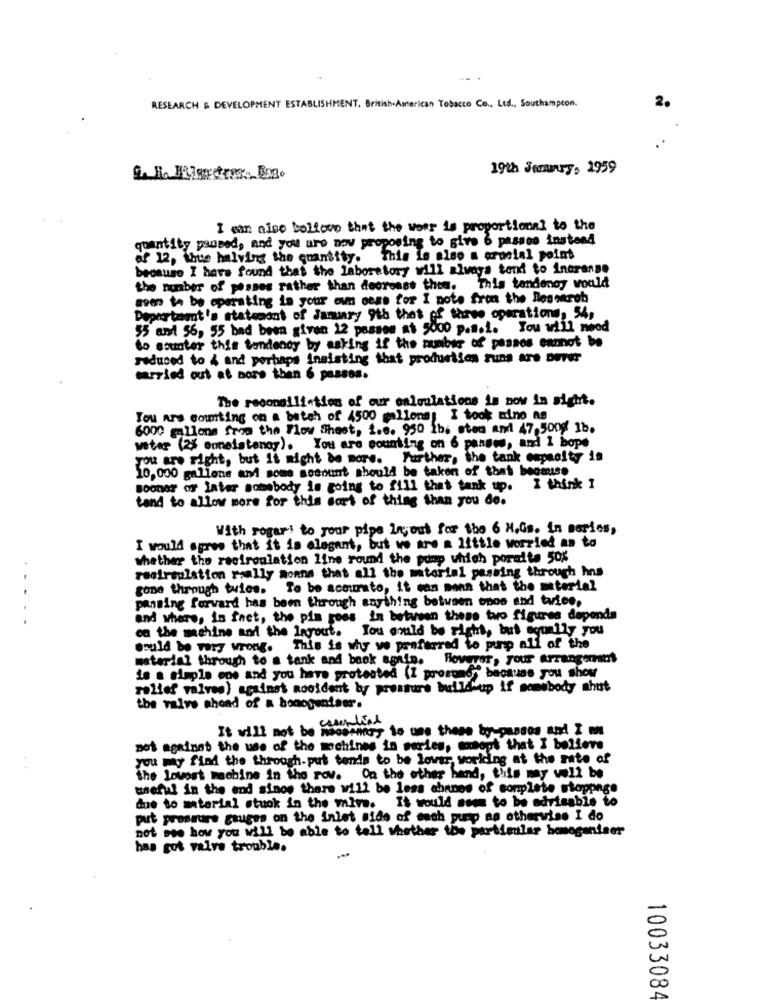
RESEARCH & DEVELOPMENT ESTABLISHMENT. British American Tobacco Co ., Ltd ., Southampton.
2.
19th jeruy, 1959
I wan also believe that the woer is proportional to the
quantity posed, and you are now proposing to give 6 passes instead
of 12, thus halving the quantity. This is also a crucial point
because I have found that the laboratory will always tend to inorange
the number of pesses rather than decrease them. This tendency would
sven to be operating in your own come for I note from the lleswret
Department's statement of January 9th that of three operations, 5h,
55 ant 56, 55 bad been given 12 passes at 5000 p.m.i. You will need
do sounter this tendency by asking if the number of passos enznot be
reduced to 4 and perhaps Inaisting that produrlios runs are Durer
carried out at more then 6 passos.
The reconallieties of our calculations is now in sight.
Tou Ars Counting on a batch of 4500 mallons; I took tino as
6000 gallons from the Flow Sheet, i.e. 930 1b. sten and 47,5000 1b.
veter (2% consistency). You are counting on 6 pansee, and I hope
you are right, but it might be more. Further, the tank capacity in
10,000 gallons and some socount should be taken of that because
sooner or later somebody is going to fill that tank up. I think I
tand to allow more for this sort of thing than you do.
With rogar! to your pipe In; out for the 6 H.Gs. in series,
I would agree that it is elegant, but we are a little worried an to
whether the recirculation line round the pump which porelte 50%
recirculation raally sonns that all the material passing through hns
gone through twice. To be accurato, it can mann that the material
panting forward has been through anything between onos and twice,
....
and where, in fact, the pin goes in between these two figures depends
on the machine and the layout. You could be right, but equally you
would be very wrong. This is why we preferred to purp all of the
material through to a tank and back again. However, your arrangand
is a simple ene and you have protested (I presumo" because you show
relief valves) against Rooident by prosture buildkup if somebody ahut
the valve shead of a bonogentaer.
It will not be hacermay to use these by passes and I
not against the use of the machines in series, except that I believe
you may find the through put tends to be lower, working at the rate of
the lowest machine in the row. On the other hand, this may well be
useful in the end sinos there will be less ahnnos of complete stoppage
due to material stuck in the malva. It would seem to be advisable to
put pressure gauges on the inlet side of each pump as otherwise I do
not see how you will be able to tell whether the particular homogeniser
has got valve trouble.
1003308